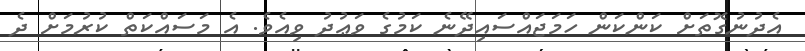
އެދުނުގޮތަށް ކަންކަން ހަމަޖައްސައިދޭނެ ކަމުގެ ވަޢުދު ވިއެވެ. އެ މަސައްކަތް ކުރުމަށް ދެ